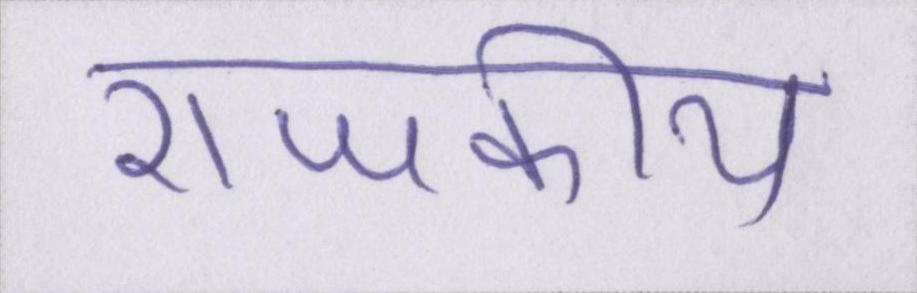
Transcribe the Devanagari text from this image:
राजकीय